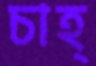
চাহ্